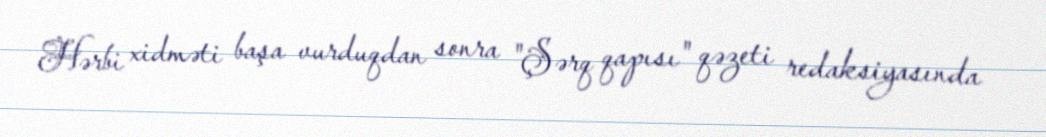
Hərbi xidməti başa vurduqdan sonra "Şərq qapısı" qəzeti redaksiyasında